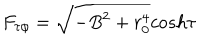
F _ { \tau \phi } = \sqrt { - B ^ { 2 } + r _ { 0 } ^ { 4 } } c o s h \tau